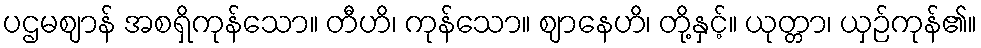
ပဌမဈာန် အစရှိကုန်သော။ တီဟိ၊ ကုန်သော။ ဈာနေဟိ၊ တို့နှင့်။ ယုတ္တာ၊ ယှဉ်ကုန်၏။